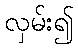
လှမ်း၍